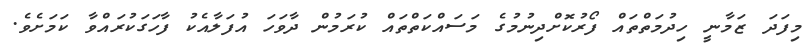
މިފަދަ ޒަމާނީ ހިދުމަތްތައް ފޯރުކޮށްދިނުމުގެ މަސައްކަތްތައް ކުރަމުން ދާވަހަ އުފަލާއެކު ފާހަގަކުރައްވާ ކަމަށެވެ.